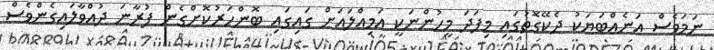
ނަމަވެސް އަނެއްބަޔަކު ދެކޭގޮތުގައި މިފަދަ މީހުންނަކީ އަމިއްލައަށް ގައިގައި ބޮންހަރުކޮށްގެން ފުރާނަ ދުއްވާލައިގެންވެސް